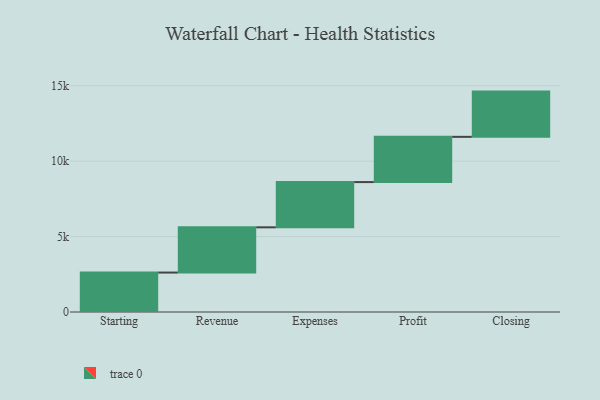
{"axis": {"x": "Step", "y": "Value"}, "legend": [""], "data": [{"x": "Starting", "y": 2615.0, "type": ""}, {"x": "Revenue", "y": 3000, "type": ""}, {"x": "Expenses", "y": 3000, "type": ""}, {"x": "Profit", "y": 3000, "type": ""}, {"x": "Closing", "y": 3000, "type": ""}]}